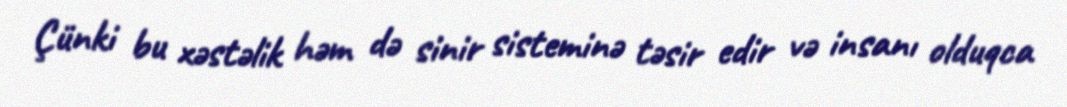
Çünki bu xəstəlik həm də sinir sisteminə təsir edir və insanı olduqca